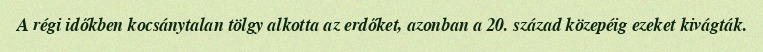
A régi időkben kocsánytalan tölgy alkotta az erdőket, azonban a 20. század közepéig ezeket kivágták.